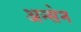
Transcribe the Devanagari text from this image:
अन्सेन